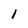
Character: 1